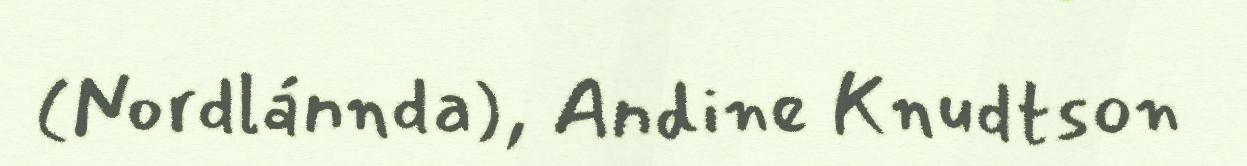
(Nordlánnda), Andine Knudtson